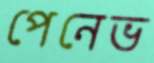
পেনেভ